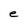
Character: e